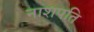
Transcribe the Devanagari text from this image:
नाशपति